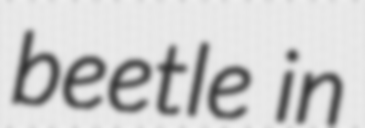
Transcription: beetle in